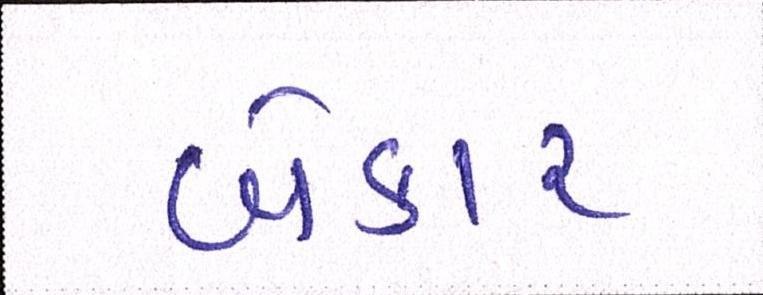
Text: બેકાર